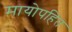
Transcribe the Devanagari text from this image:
मायोपहित